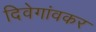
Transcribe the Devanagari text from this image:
दिवेगांवकर